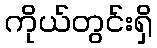
ကိုယ်တွင်းရှိ